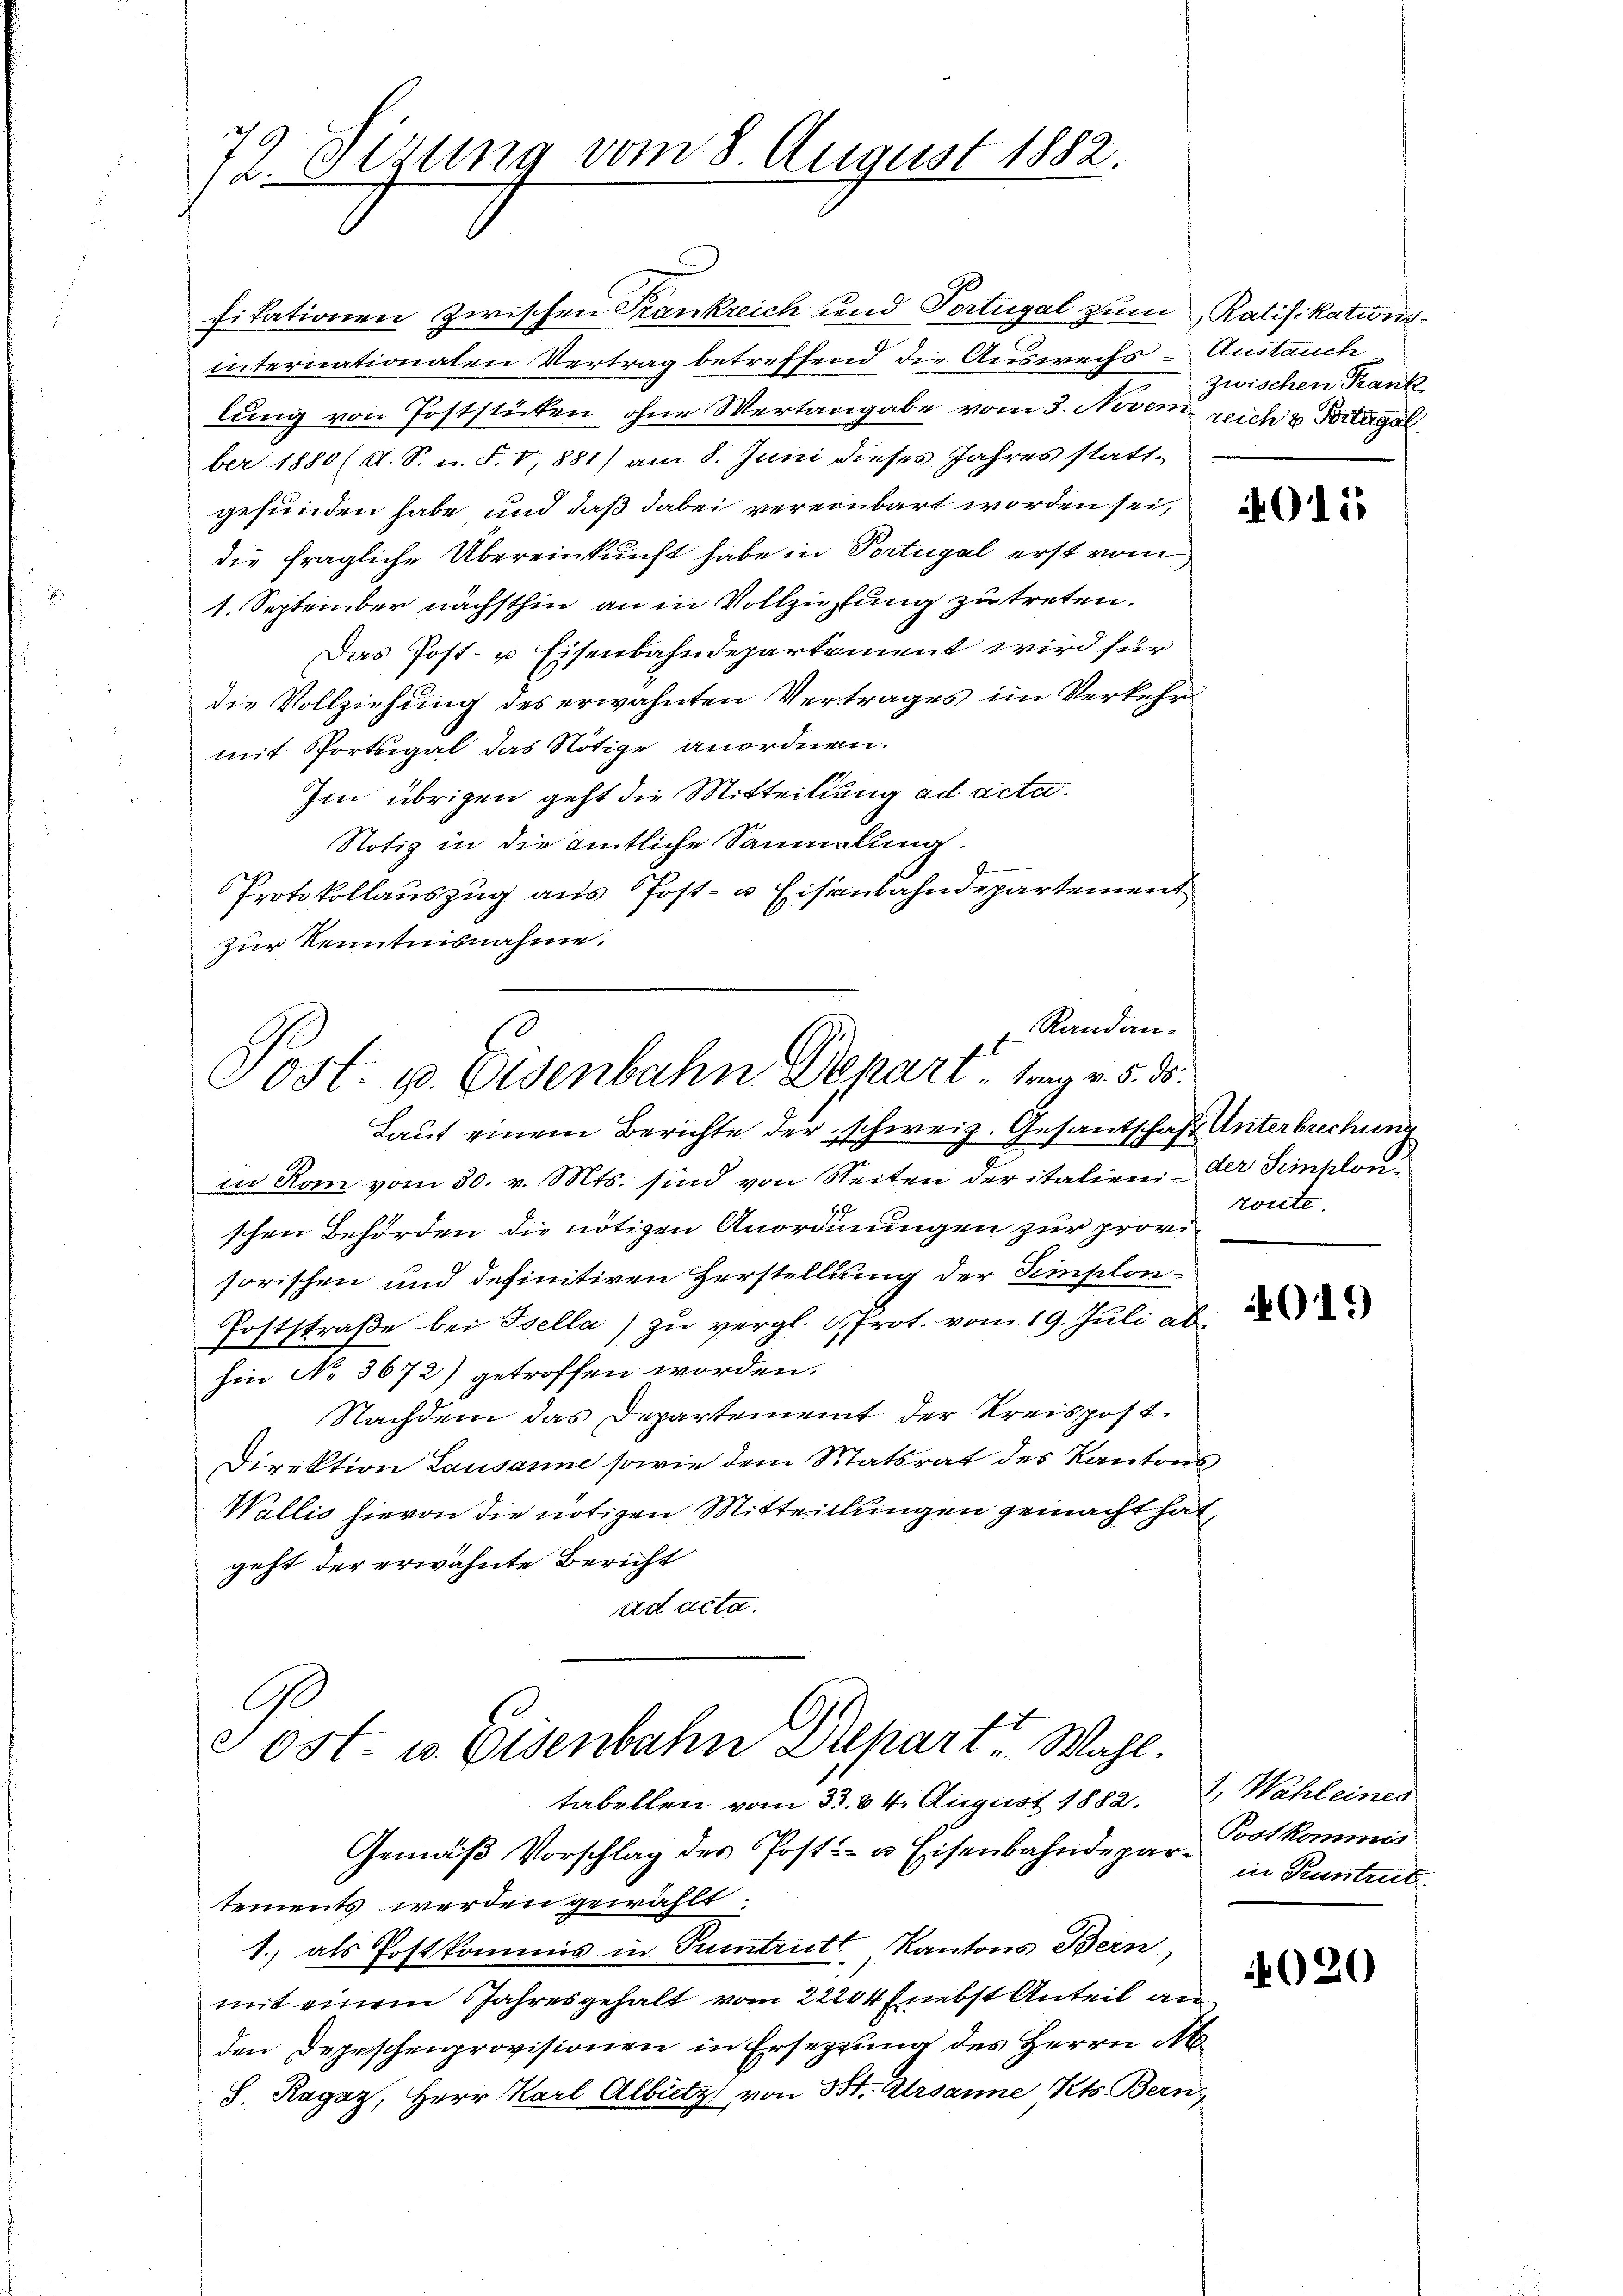
79
12. Sizung vom 8. August 1882.

fikationen zwischen Trankreich und Tortugal zum Ratifikationsinternationaten Vertrag betreffend die Auswechs - Austauch
lung von Poststücken, ohne Wertangabe vom 3. Novem reich & Portugal
ber 1880 (A. S. u. F. V,881) am 8. Juni dieses Jahres stattgefunden habe und daß dabei vereinbart worden sei,
die fragliche Übereinkunft habe in Portugal erst vom
1. September nächsthin an in Vollziehung zu treten.
Das Post- u Eisenbahndepartement wird für
die Vollziehung des erwähnten Vertrages im Verkehr
mit Portugal das Nötige anordnen.
Im übrigen geht die Mitteilung ad acta.
Notiz in die amtliche Sammlung.
Protokollauszug aus Post- u Eisenbahndepartement
zur Kenntnisnahme.
Randan¬

Sost. u. Eisenbahn Depart trag v. 5. ds.
Laut einem Berichte der schweiz. Gesantschaft Unterbrechung

Post u. Eisenbahn Depart Wahl
tabellen vom 33. 84. August 1882. 2. Wahl eines
Gemäß Vorschlag des Post- u. Eisenbahndepar in Kuntrut
tements werden gewählt.

zwischen Rank

in Rom vom 30. v. Mts. sind von Seiten der italien der Simplonschen Behörden die nötigen Anordnungen zur provisorischen und definitiren Herstellung der Templon-
Poststraße bei Isella) zu vergl. Prot. vom 19. Juli abhin No 3672) getroffen worden.
Nachdem das Departement der Kreispost.
Direktion Lausanne sowie dem Matsrat des Kantons
Wallis hievon die nötigen Mitteilungen gemacht hat,
geht der erwähnte Bericht
ad acta.

1.) als Postkommis in Tuntrutt, Kantons Bern,
mit einem Jahresgehalt vom 22204 (nebst Anteil an
den Depeschenprovisionen in Ersetzung des Herrn Ab¬
S. Ragaz, Herr Karl Albitz von St. Ursanne, Kts. Bern

4015

rönte.

019

Postkommis
4020